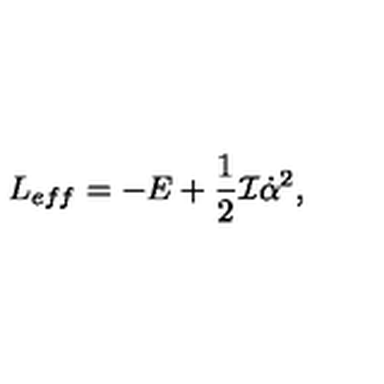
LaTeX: L _ { e f f } = - E + \frac { 1 } { 2 } { \cal I } \dot { \alpha } ^ { 2 } ,